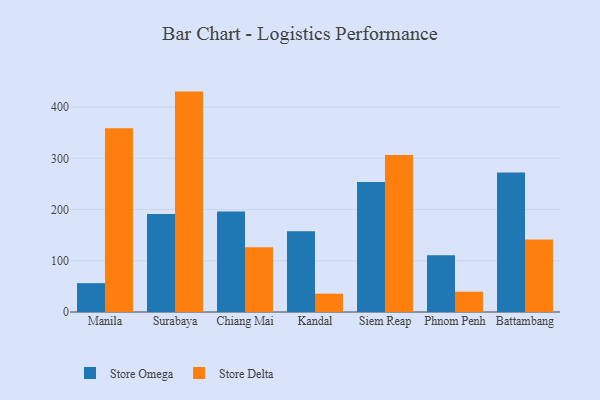
{"axis": {"x": "City", "y": "LTV (USD)"}, "legend": ["Store Delta", "Store Omega"], "data": [{"x": "Manila", "y": 56.3, "type": "Store Omega"}, {"x": "Manila", "y": 358.7, "type": "Store Delta"}, {"x": "Surabaya", "y": 191.2, "type": "Store Omega"}, {"x": "Surabaya", "y": 430.2, "type": "Store Delta"}, {"x": "Chiang Mai", "y": 196.2, "type": "Store Omega"}, {"x": "Chiang Mai", "y": 126.2, "type": "Store Delta"}, {"x": "Kandal", "y": 157.4, "type": "Store Omega"}, {"x": "Kandal", "y": 35.8, "type": "Store Delta"}, {"x": "Siem Reap", "y": 253.8, "type": "Store Omega"}, {"x": "Siem Reap", "y": 306.4, "type": "Store Delta"}, {"x": "Phnom Penh", "y": 111.0, "type": "Store Omega"}, {"x": "Phnom Penh", "y": 39.6, "type": "Store Delta"}, {"x": "Battambang", "y": 272.2, "type": "Store Omega"}, {"x": "Battambang", "y": 141.5, "type": "Store Delta"}]}